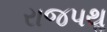
રાજપથૢ